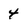
Character: 4